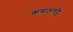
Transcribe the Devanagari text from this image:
कमलगट्टे